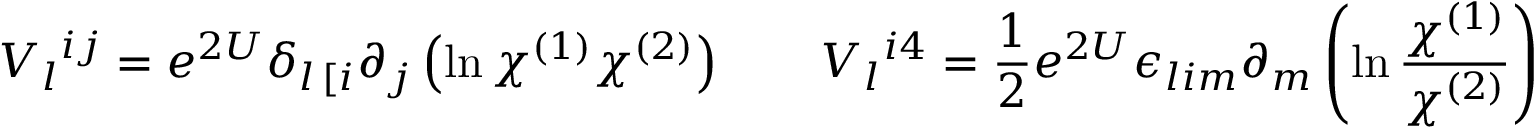
V _ { l } { } ^ { i j } = e ^ { 2 U } \delta _ { l \, [ i } \partial _ { j } \left( \ln \chi ^ { ( 1 ) } \chi ^ { ( 2 ) } \right) \qquad V _ { l } { } ^ { i 4 } = { \frac { 1 } { 2 } } e ^ { 2 U } \epsilon _ { l i m } \partial _ { m } \left( \ln { \frac { \chi ^ { ( 1 ) } } { \chi ^ { ( 2 ) } } } \right)